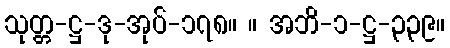
သုတ္တ-ဋ္ဌ-ဒု-အုပ်-၁၇၈။ ။ အဘိ-၁-ဋ္ဌ-၃၃၉။